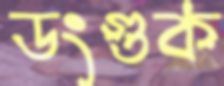
ডংগুক